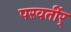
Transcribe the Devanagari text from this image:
परवर्तीर्